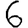
Digit: 6